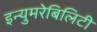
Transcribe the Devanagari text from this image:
इन्युमरेबिलिटी